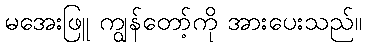
မအေးဖြူ ကျွန်တော့်ကို အားပေးသည်။